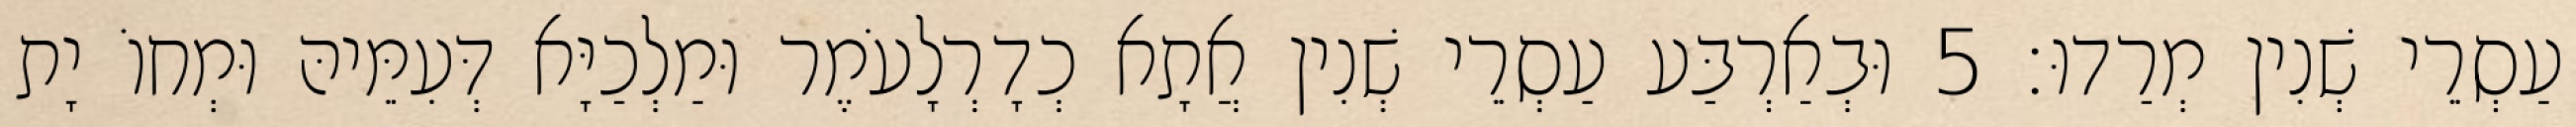
עַסְרֵי שְׁנִין מְרַדוּ׃ 5 וּבְאַרְבַּע עַסְרֵי שְׁנִין אֲתָא כְדָרְלָעֹמֶר וּמַלְכַיָּא דְּעִמֵּיהּ וּמְחוֹ יָת